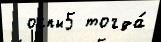
  оспы5 тогда́